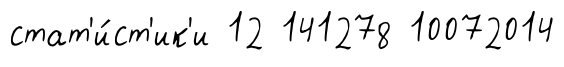
стат'и́ст'ик'и 12 141278 10072014